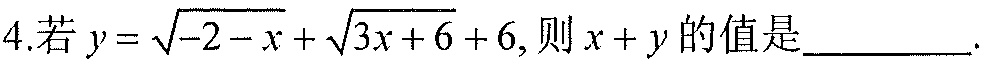
4.若\(y = \sqrt{-2 - x}+\sqrt{3x + 6}+6\),则\(x + y\)的值是_________.